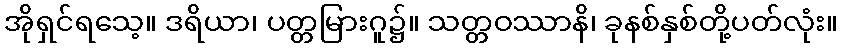
အိုရှင်ရသေ့။ ဒရိယာ၊ ပတ္တမြားဂူ၌။ သတ္တဝဿာနိ၊ ခုနစ်နှစ်တို့ပတ်လုံး။